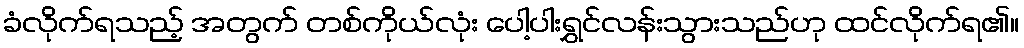
ခံလိုက်ရသည့် အတွက် တစ်ကိုယ်လုံး ပေါ့ပါးရွှင်လန်းသွားသည်ဟု ထင်လိုက်ရ၏။